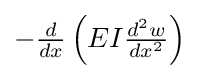
\textstyle {-{\frac {d}{dx}}\left(EI{\frac {d^{2}w}{dx^{2}}}\right)}